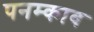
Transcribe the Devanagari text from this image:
पनम्काव